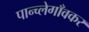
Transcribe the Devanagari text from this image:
पान्च्लेगाँवकर